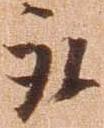
取